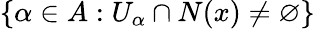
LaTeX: \left\{ \alpha\in A:U_{\alpha}\cap N(x)\neq\varnothing\right\}